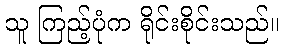
သူ ကြည့်ပုံက ရိုင်းစိုင်းသည်။